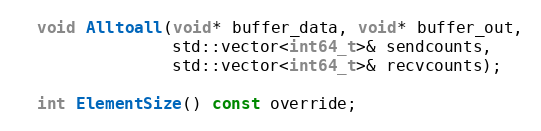
Language: C
  void Alltoall(void* buffer_data, void* buffer_out,
                std::vector<int64_t>& sendcounts,
                std::vector<int64_t>& recvcounts);

  int ElementSize() const override;